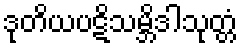
ဒုတိယပဋိသမ္ဘိဒါသုတ္တံ